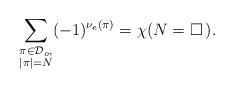
LaTeX: \begin{align*}\sum_{\substack{\pi\in\mathcal{D}_o,\\ |\pi|=N}} (-1)^{\nu_e(\pi)} = \chi(N = \square\, ).\end{align*}